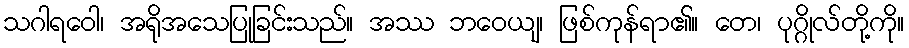
သဂါရဝေါ၊ အရိုအသေပြုခြင်းသည်။ အဿ ဘဝေယျ၊ ဖြစ်ကုန်ရာ၏။ တေ၊ ပုဂ္ဂိုလ်တို့ကို။